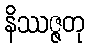
နိဿဇ္ဇတု